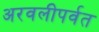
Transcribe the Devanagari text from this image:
अरवलीपर्वत